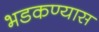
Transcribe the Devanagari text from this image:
भडकण्यास